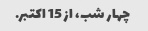
چهار شب، از 15 اکتبر.